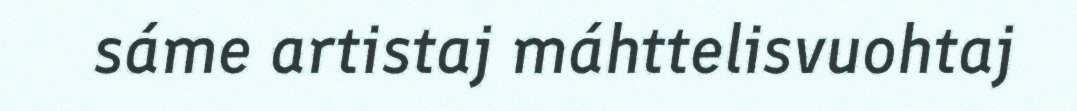
sáme artistaj máhttelisvuohtaj